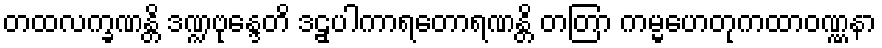
တထလက္ခဏန္တိ ဒဏ္ဍဗုန္ဒေတိ ဒဠှပါကာရတောရဏန္တိ တတြာ ကမ္မဟေတုကထာဝဏ္ဏနာ